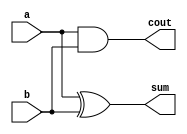
/*
Half Adder:

a  b  cout sum
--------------
0 + 0 = 0  0
0 + 1 = 0  1
1 + 0 = 0  1
1 + 1 = 1  0

*/

module half_adder(
    input a,
    input b,
    output cout,
    output sum
);
    assign cout = a & b;
    assign sum = a ^ b;
endmodule